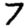
Digit: 7